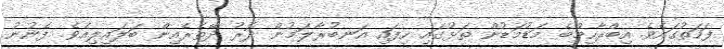
ފަހަތުގައެވެ. އިބްރާހިމްބެ މަޑުމަޑުން ތަޅުގައި ހިފައި އަނބުރާލަމުން ދޮރު ދޭތެރެއިން ބަލައިލިއެވެ. ފެނުނު